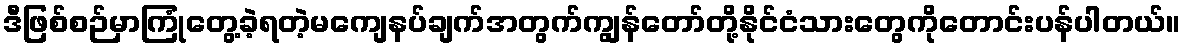
ဒီဖြစ်စဉ်မှာကြုံတွေ့ခဲ့ရတဲ့မကျေနပ်ချက်အတွက်ကျွန်တော်တို့နိုင်ငံသားတွေကိုတောင်းပန်ပါတယ်။